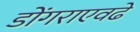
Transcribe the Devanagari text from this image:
डोंगराएवढे